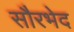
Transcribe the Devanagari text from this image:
सौरभेद